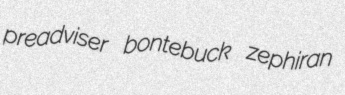
preadviser bontebuck zephiran